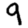
Digit: 9